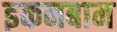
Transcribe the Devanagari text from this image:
इकनबाम